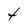
Character: 4